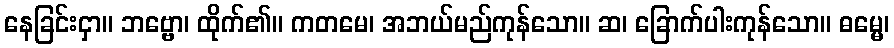
နေခြင်းငှာ။ ဘဗ္ဗော၊ ထိုက်၏။ ကတမေ၊ အဘယ်မည်ကုန်သော။ ဆ၊ ခြောက်ပါးကုန်သော။ ဓမ္မေ၊